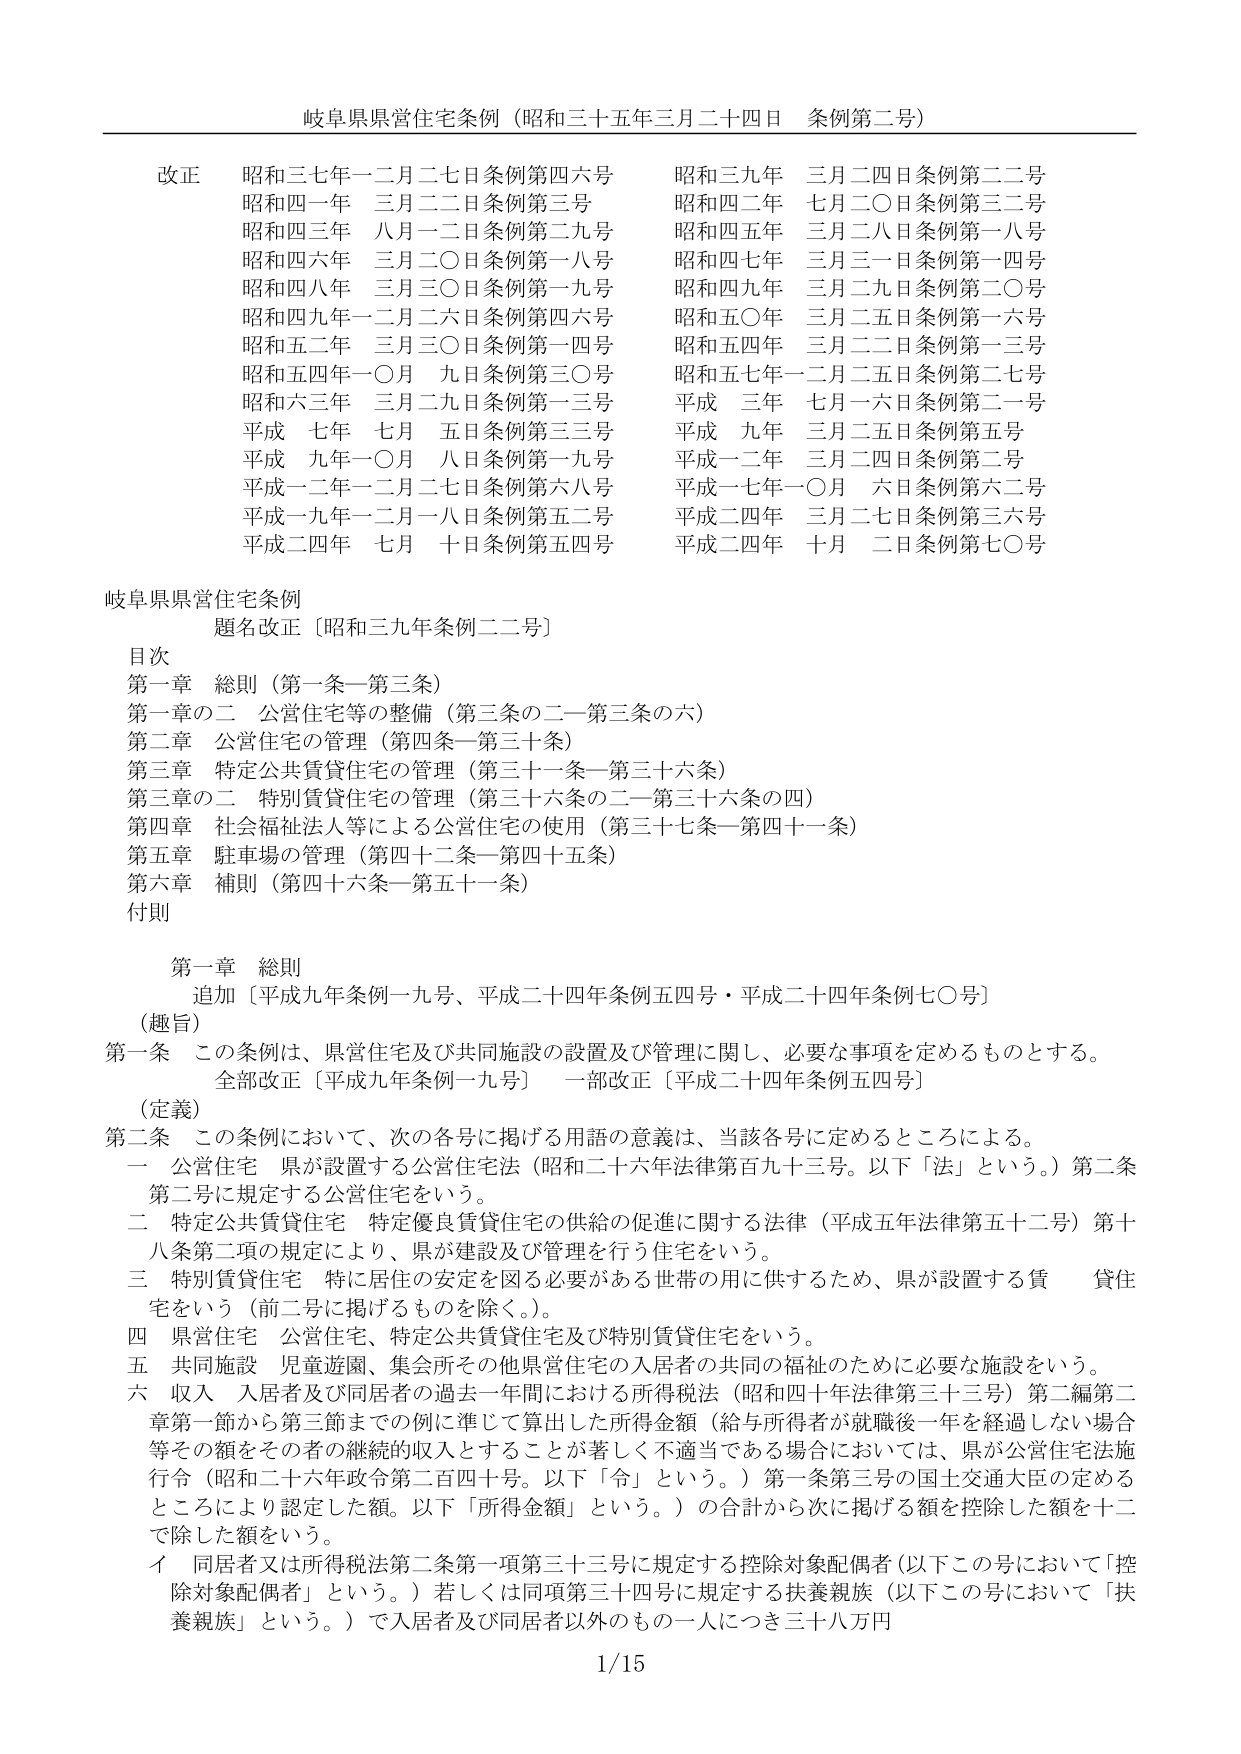
岐阜県県営住宅条例（昭和三十五年三月二十四日 条例第二号）

改正
昭和三七年一二月二七日条例第四六号
昭和四一年 三月二二日条例第三号
昭和四三年 八月一二日条例第二九号
昭和四六年 三月二〇日条例第一八号
昭和四八年 三月三〇日条例第一九号
昭和四九年一二月二六日条例第四六号
昭和五二年 三月三〇日条例第一四号
昭和五四年一〇月 九日条例第三〇号
昭和六三年 三月二九日条例第一三号
平成 七年 七月 五日条例第三三号
平成 九年一〇月 八日条例第一九号
平成一二年一二月二七日条例第六八号
平成一九年一二月一八日条例第五二号
平成二四年 七月 十日条例第五四号

昭和三九年 三月二四日条例第二二号
昭和四二年 七月二〇日条例第三二号
昭和四五年 三月二八日条例第一八号
昭和四七年 三月三一日条例第一四号
昭和四九年 三月二九日条例第二〇号
昭和五〇年 三月二五日条例第一六号
昭和五四年 三月二二日条例第一三号
昭和五七年一二月二五日条例第二七号
平成 三年 七月一六日条例第二一号
平成 九年 三月二五日条例第五号
平成一二年 三月二四日条例第二号
平成一七年一〇月 六日条例第六二号
平成二四年 三月二七日条例第三六号
平成二四年 十月 二日条例第七〇号

岐阜県県営住宅条例
題名改正〔昭和三九年条例二二号〕

目次
第一章 総則（第一条—第三条）
第一章の二 公営住宅等の整備（第三条の二—第三条の六）
第二章 公営住宅の管理（第四条—第三十条）
第三章 特定公共賃貸住宅の管理（第三十一条—第三十六条）
第三章の二 特別賃貸住宅の管理（第三十六条の二—第三十六条の四）
第四章 社会福祉法人等による公営住宅の使用（第三十七条—第四十一条）
第五章 駐車場の管理（第四十二条—第四十五条）
第六章 補則（第四十六条—第五十一条）
付則

第一章 総則
追加〔平成九年条例一九号、平成二十四年条例五四号・平成二十四年条例七〇号〕

（趣旨）
第一条 この条例は、県営住宅及び共同施設の設置及び管理に関し、必要な事項を定めるものとする。
全部改正〔平成九年条例一九号〕 一部改正〔平成二十四年条例五四号〕

（定義）
第二条 この条例において、次の各号に掲げる用語の意義は、当該各号に定めるところによる。
一 公営住宅 県が設置する公営住宅法（昭和二十六年法律第百九十三号。以下「法」という。）第二条第二号に規定する公営住宅をいう。
二 特定公共賃貸住宅 特定優良賃貸住宅の供給の促進に関する法律（平成五年法律第五十二号）第十八条第二項の規定により、県が建設及び管理を行う住宅をいう。
三 特別賃貸住宅 特に居住の安定を図る必要がある世帯の用に供するため、県が設置する賃貸住宅をいう（前二号に掲げるものを除く。）。
四 県営住宅 公営住宅、特定公共賃貸住宅及び特別賃貸住宅をいう。
五 共同施設 児童遊園、集会所その他県営住宅の入居者の共同の福祉のために必要な施設をいう。
六 収入 入居者及び同居者の過去一年間における所得税法（昭和四十年法律第三十三号）第二編第二章第一節から第三節までの例に準じて算出した所得金額（給与所得者が就職後一年を経過しない場合等その額をその者の継続的収入とすることが著しく不適当である場合においては、県が公営住宅法施行令（昭和二十六年政令第二百四十号。以下「令」という。）第一条第三号の国土交通大臣の定めるところにより認定した額。以下「所得金額」という。）の合計から次に掲げる額を控除した額を十二で除した額をいう。
　イ 同居者又は所得税法第二条第一項第三十三号に規定する控除対象配偶者（以下この号において「控除対象配偶者」という。）若しくは同項第三十四号に規定する扶養親族（以下この号において「扶養親族」という。）で入居者及び同居者以外のもの一人につき三十八万円

1/15